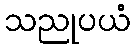
သညုပယံ